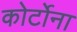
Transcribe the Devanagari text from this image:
कोर्टोना